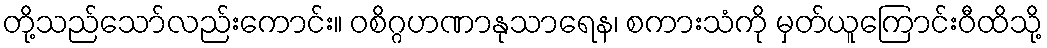
တို့သည်သော်လည်းကောင်း။ ဝစိဂ္ဂဟဏာနုသာရေန၊ စကားသံကို မှတ်ယူကြောင်းဝီထိသို့